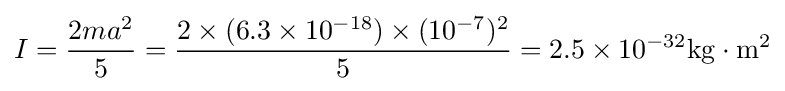
I={\frac {2ma^{2}}{5}}={\frac {2\times (6.3\times 10^{-18})\times (10^{-7})^{2}}{5}}=2.5\times 10^{-32}\mathrm {kg} \cdot \mathrm {m} ^{2}